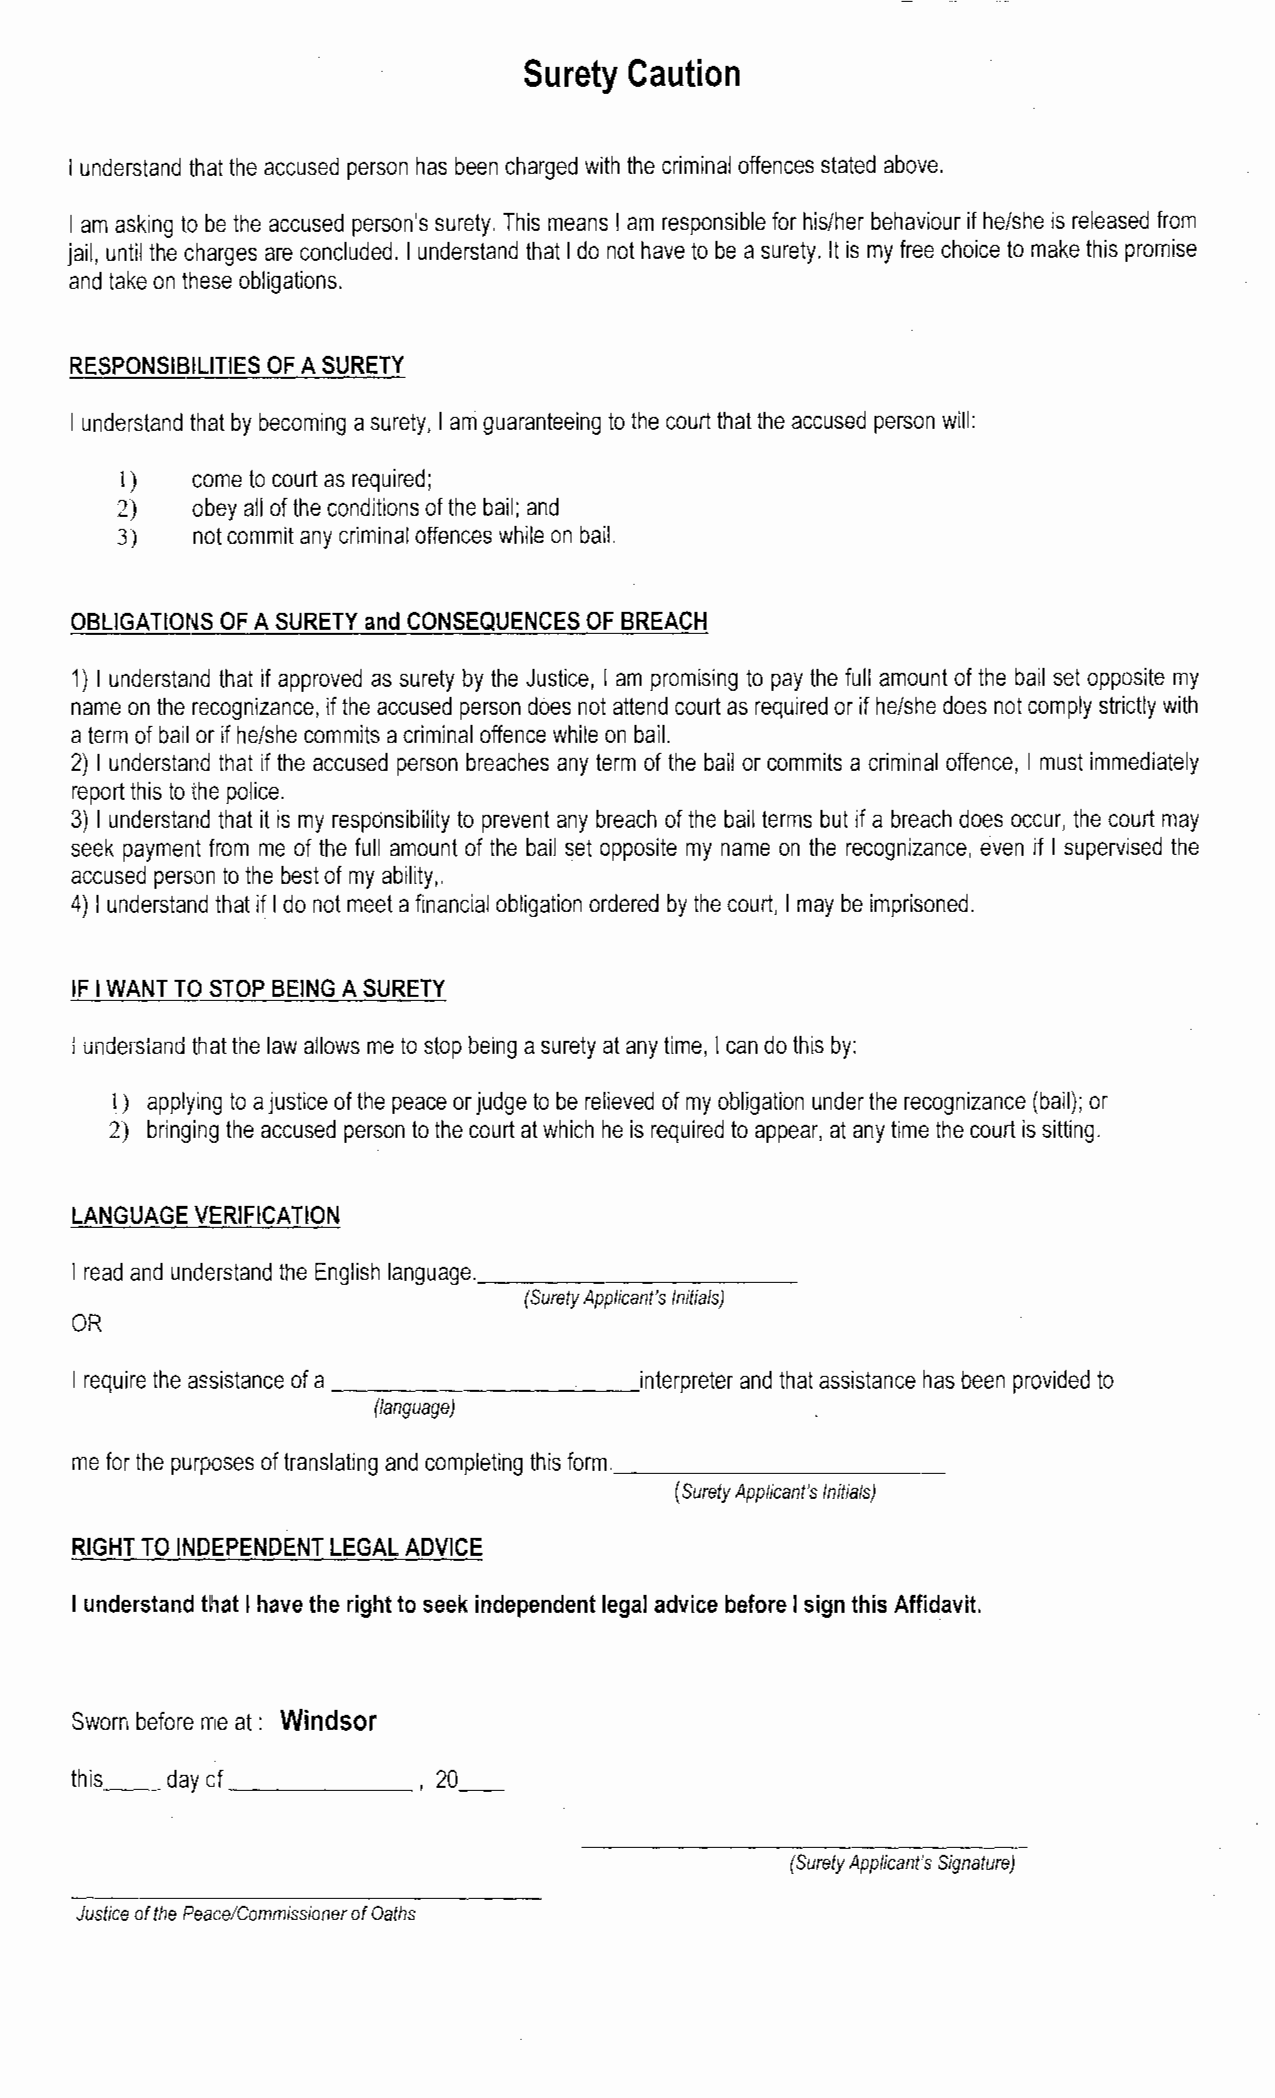
Surety Caution
 I understand that the accused person has been charged with the criminal offences stated above.
 I am asking to be the accused person's surety. This means I am responsible for hislher behaviour if helshe is released from
 jail, until the charges are concluded. I understand that I do not have to be a surety. It is my free choice to make this promise
 and take on these obligations.
 RESPONSlEllLlTlES OF A SURETY
 I understand that by becoming a surety, I am guaranteeing to the court that the accused person will:
 1)   come to court as required;
 2)   obey all of the conditions of the bail; and
 3)   not commit any criminal offences while on bail.
 OBLIGATIONS OF A SURETY and CONSEQUENCES OF BREACH
 1) I understand that if approved as surety by the Justice, I am promising to pay the full amount of the bail set opposite my
 name on the recognizance, if the accused person does not attend court as required or if helshe does not comply strictly with
 a term of bail or if helshe commits a criminal offence while on bail.
 2) 1 understand that if the accused person breaches any term of the bail or commits a criminal offence, I must immediately
 report this to the police.
 3) 1 understand that it is my responsibility to prevent any breach of the bail terms but if a breach does occur, the court may
 seek payment from me of the full amount of the bail set opposite my name on the recognizance, even if I supervised the
 accused person to the best of my ability,.
 4) 1 understand that if I do not meet a financial obligation ordered by the court, I may be imprisoned.
 IF I WANT TO STOP BEING A SURETY
 1 understand thai the law allows me to stop being a surety at any time, I can do this by:
 1) applying to a justice of the peace or judge to be relieved of my obligation under the recognizance (bail); or
 2) bringing the accused person to the court at which he is required to appear, at any time the court is sitting.
 LANGUAGE VERIFICATION
 I read and understand the English language.
 (Surety Applicant's Initials)
 OR
 I require the a~~sistancoef a        interpreter and that assistance has been provided to
 (language)
 me for the purposes of translating and completing this form.
 (Surety Applicant's Initials)
 RIGHT TO INDEPENDENT LEGAL ADVICE
 I understand that I have the right to seek independent legal advice before I sign this Affidavit.
 Sworn before me at : Windsor
 this  day of            20-
 I
 (Surety Applicant's Signature)
 Justice of the Peace/Commissioner of Oaths